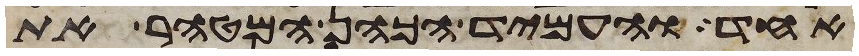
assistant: אחד והעמיד הכהן המטהר את